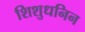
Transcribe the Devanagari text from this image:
शिशुधनिन